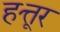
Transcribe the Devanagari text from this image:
हत्तूर